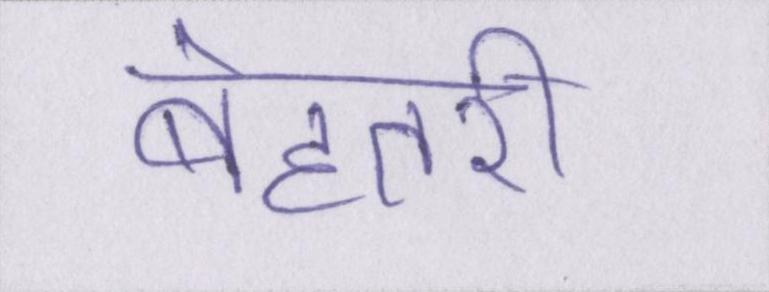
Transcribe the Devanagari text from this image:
बेहतरी